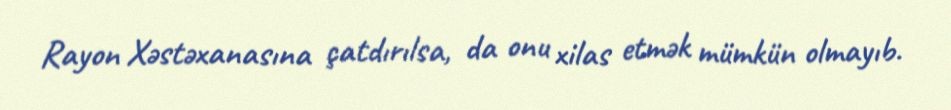
Rayon Xəstəxanasına çatdırılsa, da onu xilas etmək mümkün olmayıb.